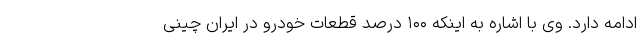
ادامه دارد. وی با اشاره به اینکه ۱۰۰ درصد قطعات خودرو در ایران چینی